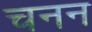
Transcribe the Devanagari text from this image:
चनन